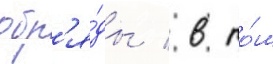
обр'я́ды / в то́м